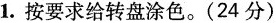
1. 按要求给转盘涂色。(24分)